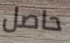
حاصل